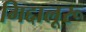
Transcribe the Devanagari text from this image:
गिद्दालूरू